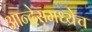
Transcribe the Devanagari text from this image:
आन्देसमध्येच